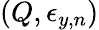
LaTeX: (Q,\epsilon_{y,n})